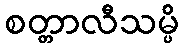
စတ္တာလီသမ္ပိ